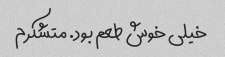
خیلی خوش طعم بود. متشکرم